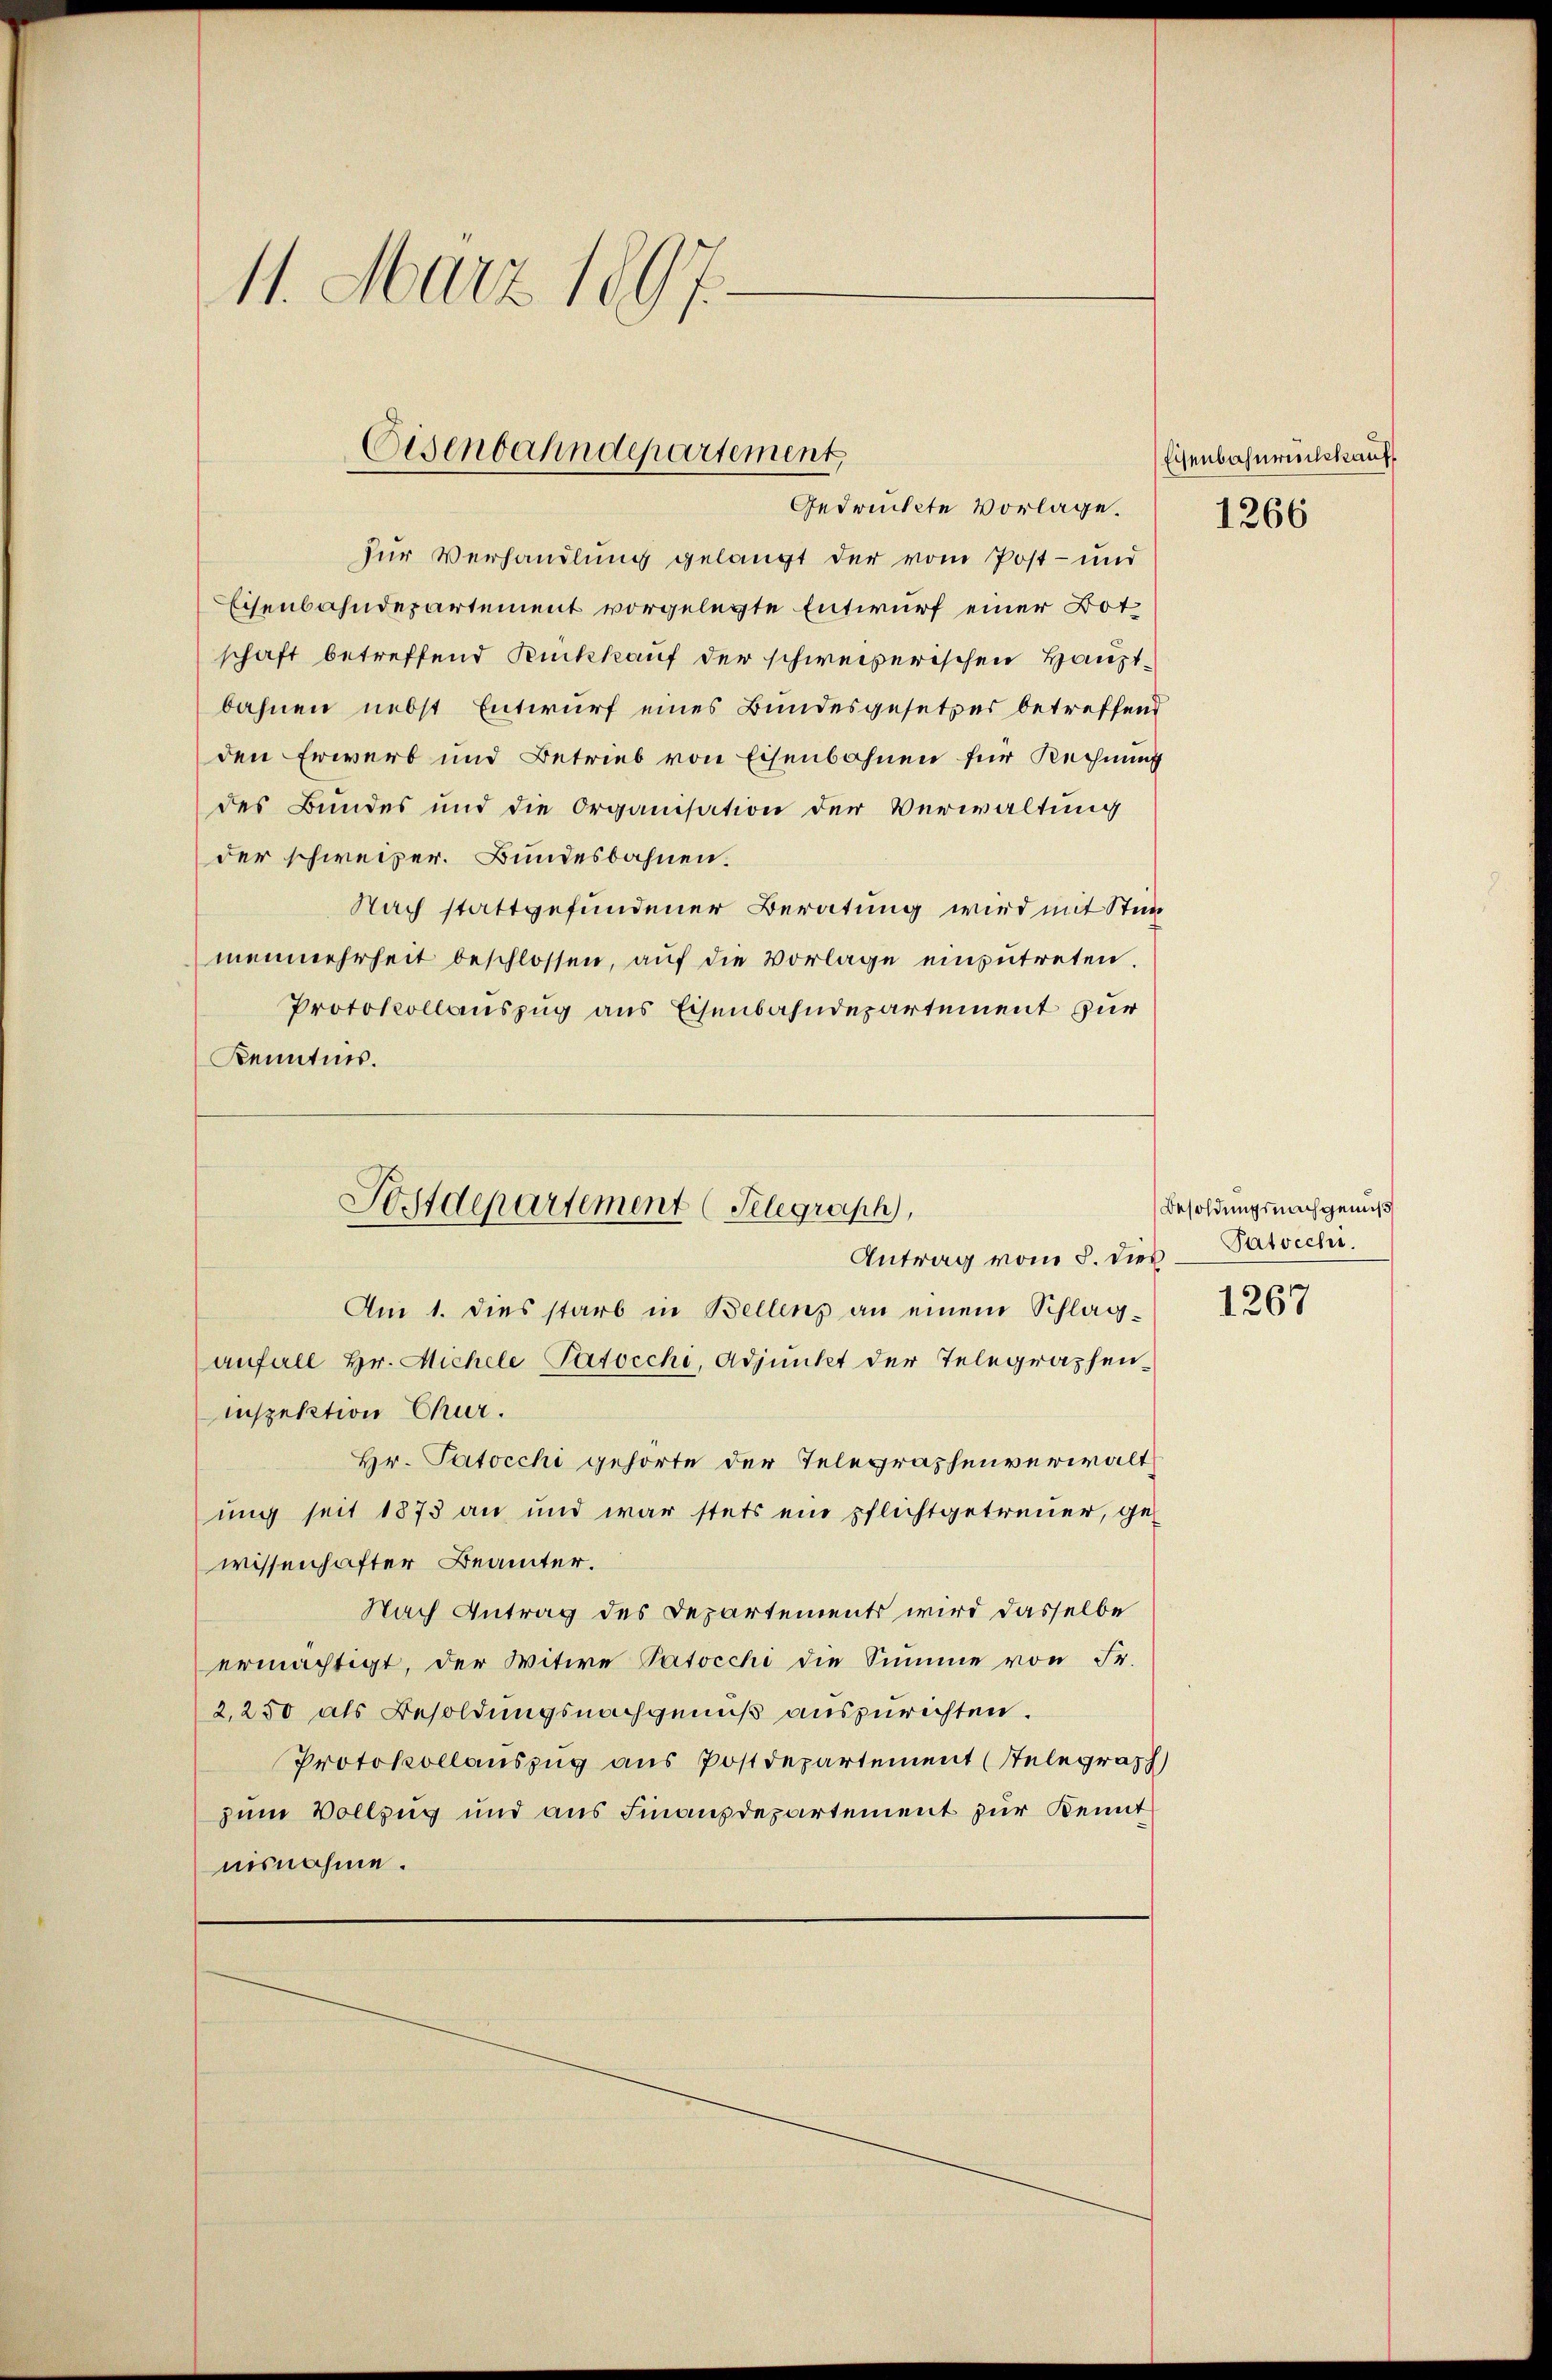
11. März 1897.

Eisenbahndepartement,
Gedrückte Vorlage.

zur Verhandlung gelangt der vom Post- und
Eisenbahndepartement vorgelegte Entwurf einer Bot
schaft betreffend Rückkauf der schweizerischen Hauptbahnen nebst Entwurf eines Bundesgesetzes betreffend
den Erwerb und Betrieb von Eisenbahnen für Rechnung
des Bundes und die Organisation der Verwaltung
der schweizer. Bundesbahnen.
Nach stattgefundener Beratung wird mit Stun
menmehrheit beschlossen, auf die Vorlage einzutreten.
Protokollauszug aus Eisenbahndepartement zur
Kenntnis.
Am 1. dies starb in Bellens an einem Schlag-
anfall hr. Michele Patocchi, Adjunkt der Telegraphen-
inspektion Chur.
Hr. Patocchi gehörte der Telegraphenverwalt
ung seit 1873 an und war stets ein pflichtgetreuer, ge-
wissenhafter Beamter.
Nach Antrag des Departements wird dasselbe
ermächtigt, der Witwe Patocchi die Summe von Fr.
2,250 als Besoldungsnachgenuß auszurichten.
Protokollauszug aus Postdepartement (Stelegraph
zum Vollzug und aus Finanzdepartement zur Kennt
nisnahme.

Forstdepartement (Telegraph,
Antrag vom 8. dies.

Eisenbahnrückkauf
1266

Besoldungsnachgenuß
Patrecht.

1267